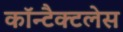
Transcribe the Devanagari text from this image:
कॉन्टैक्टलेस